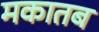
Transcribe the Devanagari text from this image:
मकातब